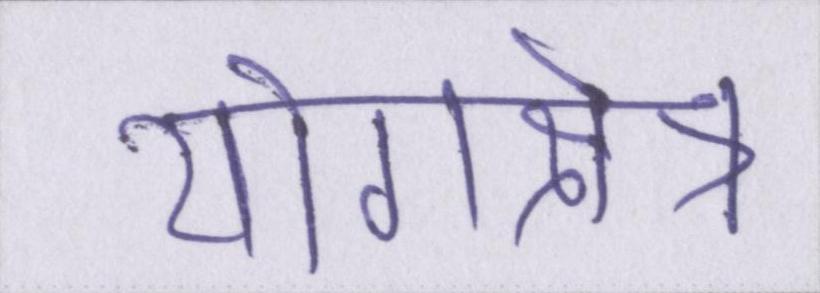
योगक्षेत्र